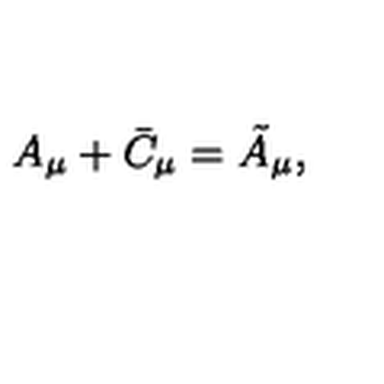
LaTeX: A _ { \mu } + \bar { C } _ { \mu } = \tilde { A } _ { \mu } ,